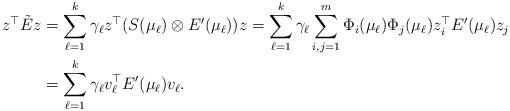
LaTeX: \begin{align*} z^\top \tilde{E} z & = \sum_{\ell=1}^k \gamma_{\ell} z^\top ( S(\mu_{\ell}) \otimes {E}'(\mu_{\ell}) ) z = \sum_{\ell=1}^k \gamma_{\ell} \sum_{i,j=1}^m \Phi_i(\mu_{\ell}) \Phi_j(\mu_{\ell}) z_i^\top {E}'(\mu_{\ell}) z_j \\ & = \sum_{\ell=1}^k \gamma_{\ell} v_{\ell}^\top {E}'(\mu_{\ell}) v_{\ell} . \\ \end{align*}